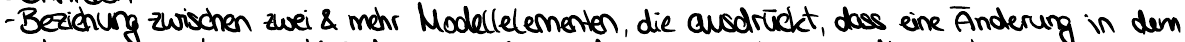
- Beziehung zwischen zwei & mehr Modellelementen, die ausdrückt, dass eine Änderung in dem